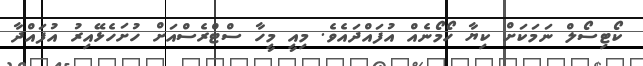
ކޯޓިސޯލް ނަމަކަށް ކިޔާ ހޯމޯނެއް އުފައްދައެވެ. މިއީ މީހާ ސްޓްރެސްއަށް ހުށަހެޅޭއިރު އުފައްދާ